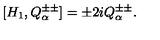
[ H _ { 1 } , Q _ { \alpha } ^ { \pm \pm } ] = \pm 2 i Q _ { \alpha } ^ { \pm \pm } .